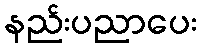
နည်းပညာပေး